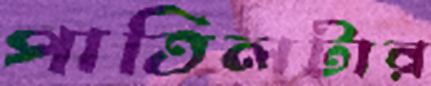
পাতিলটার